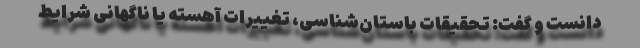
دانست و گفت: تحقیقات باستان‌شناسی، تغییرات آهسته یا ناگهانی شرایط